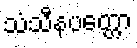
သံသီနပတ္တော